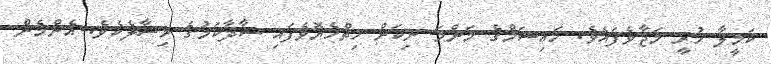
ކަމީލާ ހުރީ މަޖާވެފައެވެ. ހައިޝަމްގެ މަންމަ ނިކަން ހިތްހެޔޮވެފައި ސާދާކަމުގެ މިސާލެކެވެ. އެންމެން